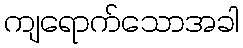
ကျရောက်သောအခါ